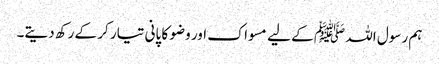
ہم رسول اللہ ﷺ کے لیے مسواک اور وضو کا پانی تیار کر کے رکھ دیتے۔